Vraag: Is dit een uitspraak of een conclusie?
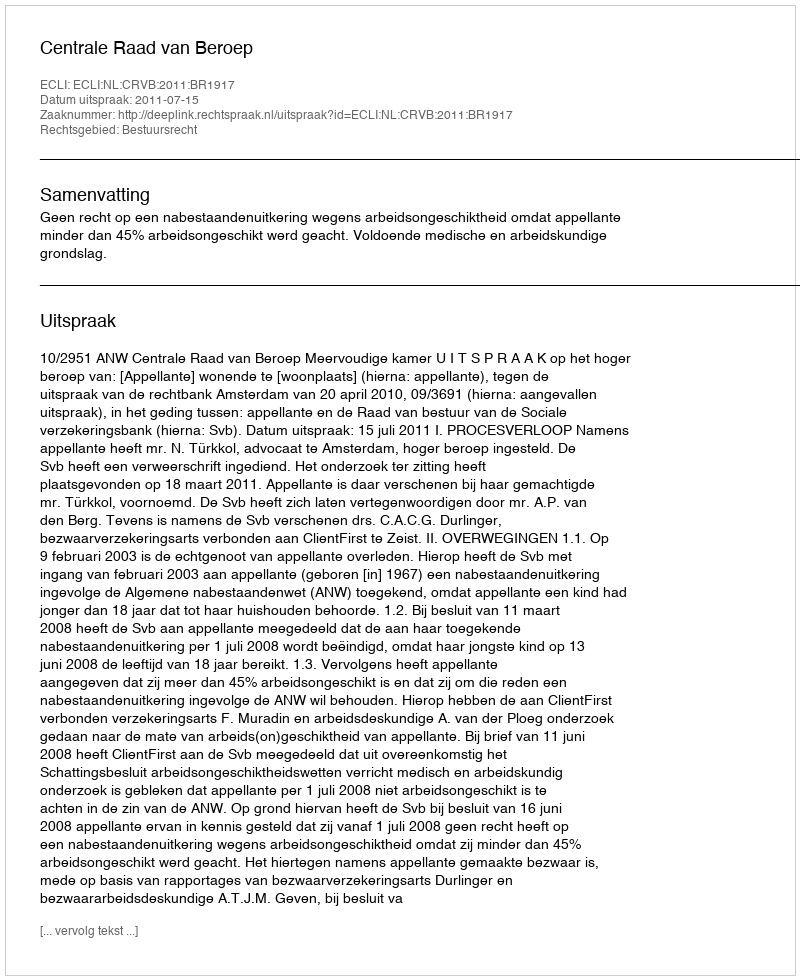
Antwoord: Uitspraak